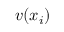
v ( x _ { i } )